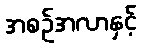
အစဉ်အလာနှင့်